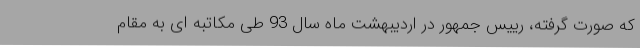
که صورت گرفته، رییس جمهور در اردیبهشت ماه سال 93 طی مکاتبه ای به مقام